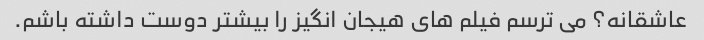
عاشقانه؟ می ترسم فیلم های هیجان انگیز را بیشتر دوست داشته باشم.